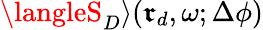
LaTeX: \langleS_{D}\rangle(\boldsymbol{\mathfrak{r}}_{d},\omega;\Delta\phi)